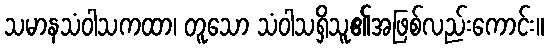
သမာနသံဝါသကထာ၊ တူသော သံဝါသရှိသူ၏အဖြစ်လည်းကောင်း။